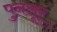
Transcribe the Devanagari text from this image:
पुनलूर्